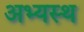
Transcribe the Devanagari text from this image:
अभ्यस्थ